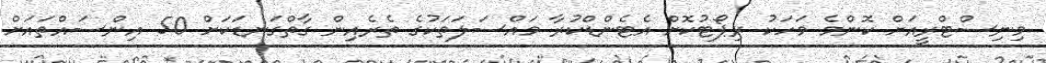
މިނިސްޓްރީއަށް ކޮންމެ މަހަކު ރިޕޯޓުކޮށް އެޓެންޑްކުރާ މައްސަލަތަކުގެ ތެރެއިން ގާތްގަނޑަކަށް 50 އިންސައްތައަށް